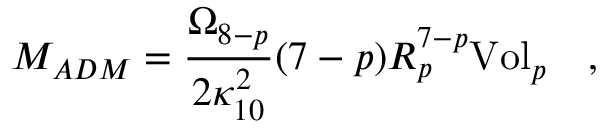
M _ { A D M } = { \frac { \Omega _ { 8 - p } } { 2 \kappa _ { 1 0 } ^ { 2 } } } ( 7 - p ) R _ { p } ^ { 7 - p } { \mathrm { V o l } } _ { p } \quad ,